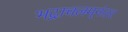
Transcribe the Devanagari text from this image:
भद्राचलम्‌नंतर